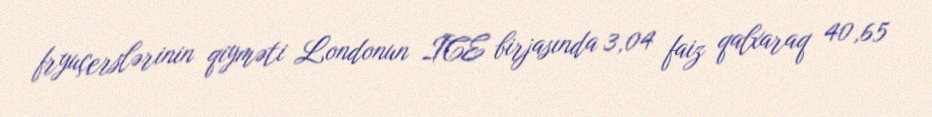
fryuçerslərinin qiyməti Londonun ICE birjasında 3,04 faiz qalxaraq 40,65